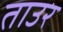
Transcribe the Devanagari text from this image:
ताउर